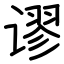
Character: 谬